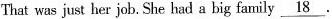
That was just her job. She had a big family \underline{18}